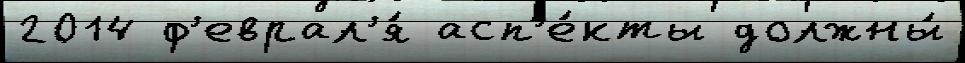
2014 ф'еврал'я́ асп'е́кты должны́